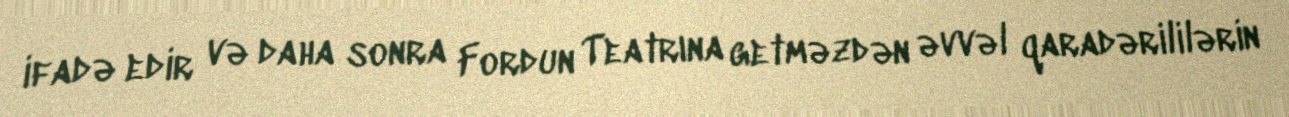
ifadə edir və daha sonra Fordun Teatrına getməzdən əvvəl qaradərililərin